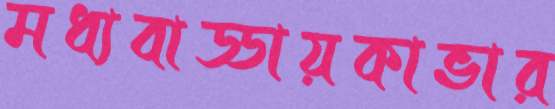
মধ্যবাড্ডায়কাভার